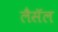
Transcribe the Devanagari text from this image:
लैसॅल